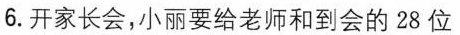
6.开家长会，小丽要给老师和到会的28位